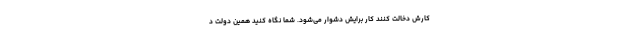
کارش دخالت کنند کار برایش دشوار می‌شود. شما نگاه کنید همین دولت د